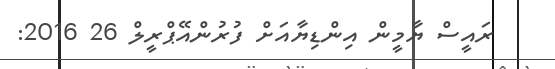
ރައީސް ޔާމީން އިންޑިޔާއަށް ފުރުންއޭޕްރީލް 26 2016: